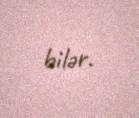
bilər.